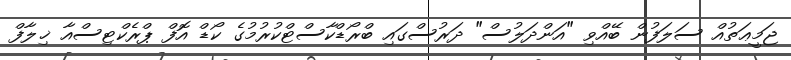
ޖަމީޢަތުއް ސަލަފުން ބޭއްވި "އަންދަލުސް" ދަރުސްގައި ބްރޯޑްކާސްޓްކުރުމުގެ ކޯޑް އޮފް ޕްރެކްޓިސްއާ ޚިލާފް